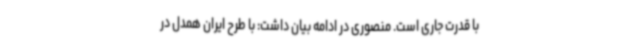
با قدرت جاری است. منصوری در ادامه بیان داشت: با طرح ایران همدل در